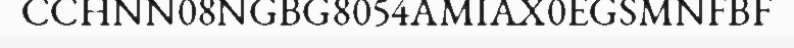
CCHNN08NGBG8054AMIAX0EGSMNFBF